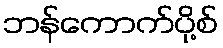
ဘန်ကောက်ပို့စ်